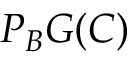
P _ { B } G ( C )